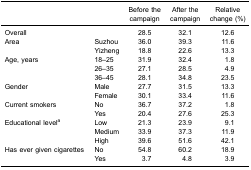
<table><thead><tr><td><b> </b></td><td><b> </b></td><td><b>Before the campaign</b></td><td><b>After the campaign</b></td><td><b>Relative change (%)</b></td></tr></thead><tbody><tr><td>Overall</td><td> </td><td>28.5</td><td>32.1</td><td>12.6</td></tr><tr><td rowspan="2">Area</td><td>Suzhou</td><td>36.0</td><td>39.3</td><td>11.6</td></tr><tr><td>Yizheng</td><td>18.8</td><td>22.6</td><td>13.3</td></tr><tr><td rowspan="3">Age, years</td><td>18–25</td><td>31.9</td><td>32.4</td><td>1.8</td></tr><tr><td>26–35</td><td>27.1</td><td>28.5</td><td>4.9</td></tr><tr><td>36–45</td><td>28.1</td><td>34.8</td><td>23.5</td></tr><tr><td rowspan="2">Gender</td><td>Male</td><td>27.7</td><td>31.5</td><td>13.3</td></tr><tr><td>Female</td><td>30.1</td><td>33.4</td><td>11.6</td></tr><tr><td rowspan="2">Current smokers</td><td>No</td><td>36.7</td><td>37.2</td><td>1.8</td></tr><tr><td>Yes</td><td>20.4</td><td>27.6</td><td>25.3</td></tr><tr><td rowspan="3">Educational level<sup>a</sup></td><td>Low</td><td>21.3</td><td>23.9</td><td>9.1</td></tr><tr><td>Medium</td><td>33.9</td><td>37.3</td><td>11.9</td></tr><tr><td>High</td><td>39.6</td><td>51.6</td><td>42.1</td></tr><tr><td rowspan="2">Has ever given cigarettes</td><td>No</td><td>54.8</td><td>60.2</td><td>18.9</td></tr><tr><td>Yes</td><td>3.7</td><td>4.8</td><td>3.9</td></tr></tbody></table>